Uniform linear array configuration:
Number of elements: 24
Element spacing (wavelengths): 0.5
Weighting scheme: uniform
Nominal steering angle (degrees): -30
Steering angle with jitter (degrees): -30.81
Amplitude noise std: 0.05
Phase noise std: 0.05

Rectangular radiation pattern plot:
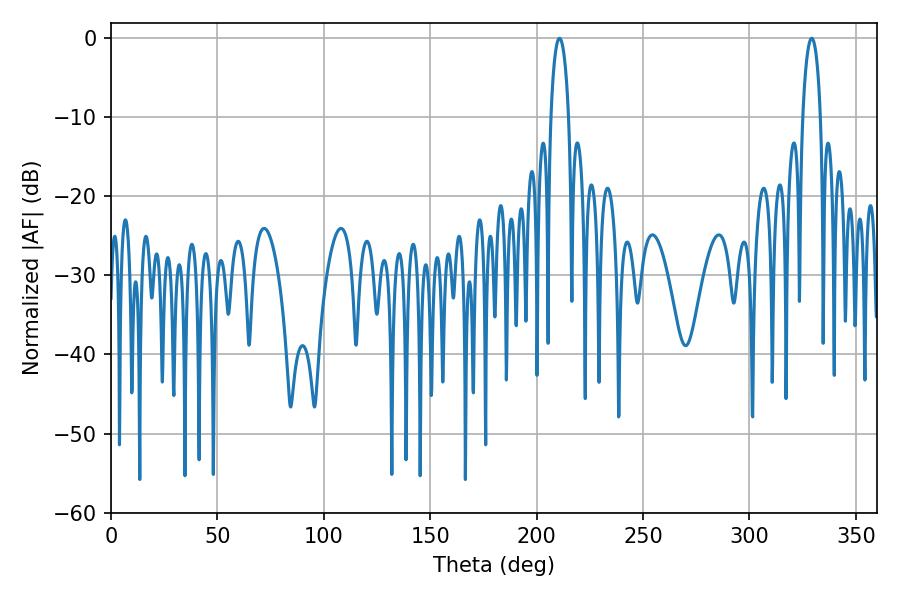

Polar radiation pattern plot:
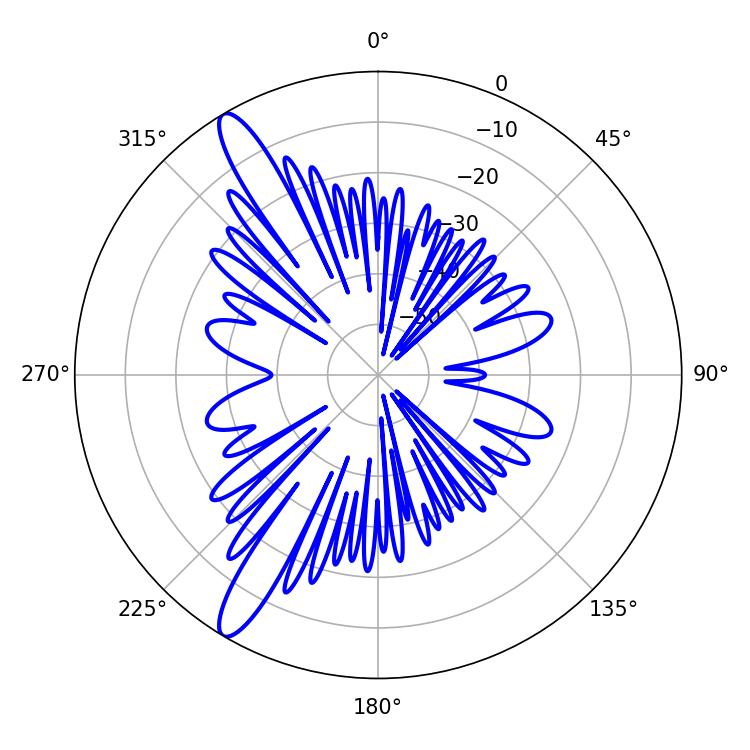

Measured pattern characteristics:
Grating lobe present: FALSE
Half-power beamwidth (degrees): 4.68
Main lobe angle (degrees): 329.22